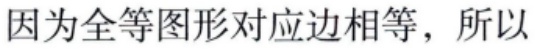
因为全等图形对应边相等，所以